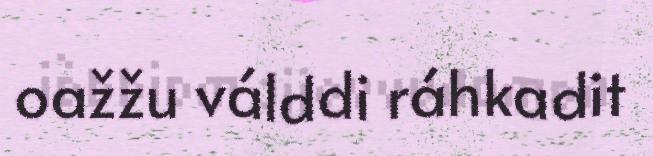
oažžu válddi ráhkadit